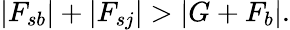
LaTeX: |F_{sb}|+|F_{sj}|>|G+F_{b}|.